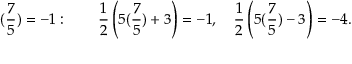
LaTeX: ( { \frac { 7 } { 5 } } ) = - 1 : \qquad { \frac { 1 } { 2 } } \left( 5 ( { \frac { 7 } { 5 } } ) + 3 \right) = - 1 , \quad { \frac { 1 } { 2 } } \left( 5 ( { \frac { 7 } { 5 } } ) - 3 \right) = - 4 .